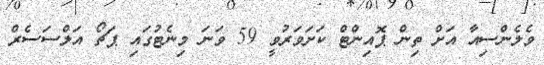
ވެލެންސިއާ އަށް ތިން ޕޮއިންޓް ކަށަވަރުވީ 59 ވަނަ މިނެޓުގައި ޕަޗޯ އަލްސަސެރް